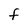
Character: F